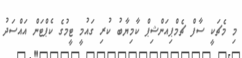
މި މެޗަކީ ސާފް ޗެމްޕިއަންޝިޕް ކާމިޔާބު ކުރި ގައުމީ ޓީމުގެ ކެޕްޓަން އައްސަދު